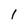
Character: 1